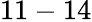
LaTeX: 11-14